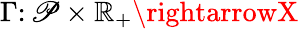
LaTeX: \Gamma\colon\mathscr{P}\times\mathbb{{R}}_{+}\rightarrowX